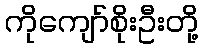
ကိုကျော်စိုးဦးတို့